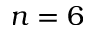
n = 6